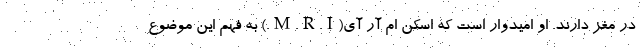
در مغز دارند. او امیدوار است که اسکن ام آر آی(M.R.I.) به فهم این موضوع